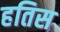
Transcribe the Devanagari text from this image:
हतिस